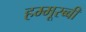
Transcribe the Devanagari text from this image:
हम्मूरब्बी